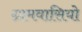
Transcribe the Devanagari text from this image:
ग्रामवासियो